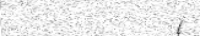
(